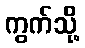
ကွက်သို့